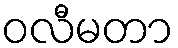
ဝလီမတာ